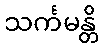
သင်္ကမန္တိ